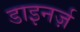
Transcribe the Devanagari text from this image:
डाइनर्ज़